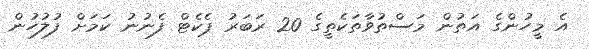
އެ މީހުންގެ އަތުން މަސްތުވާތަކެތީގެ 20 ރަބަރު ޕެކެޓް ފެނުނު ކަމަށް ފުލުހުން